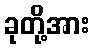
ခုတို့အား